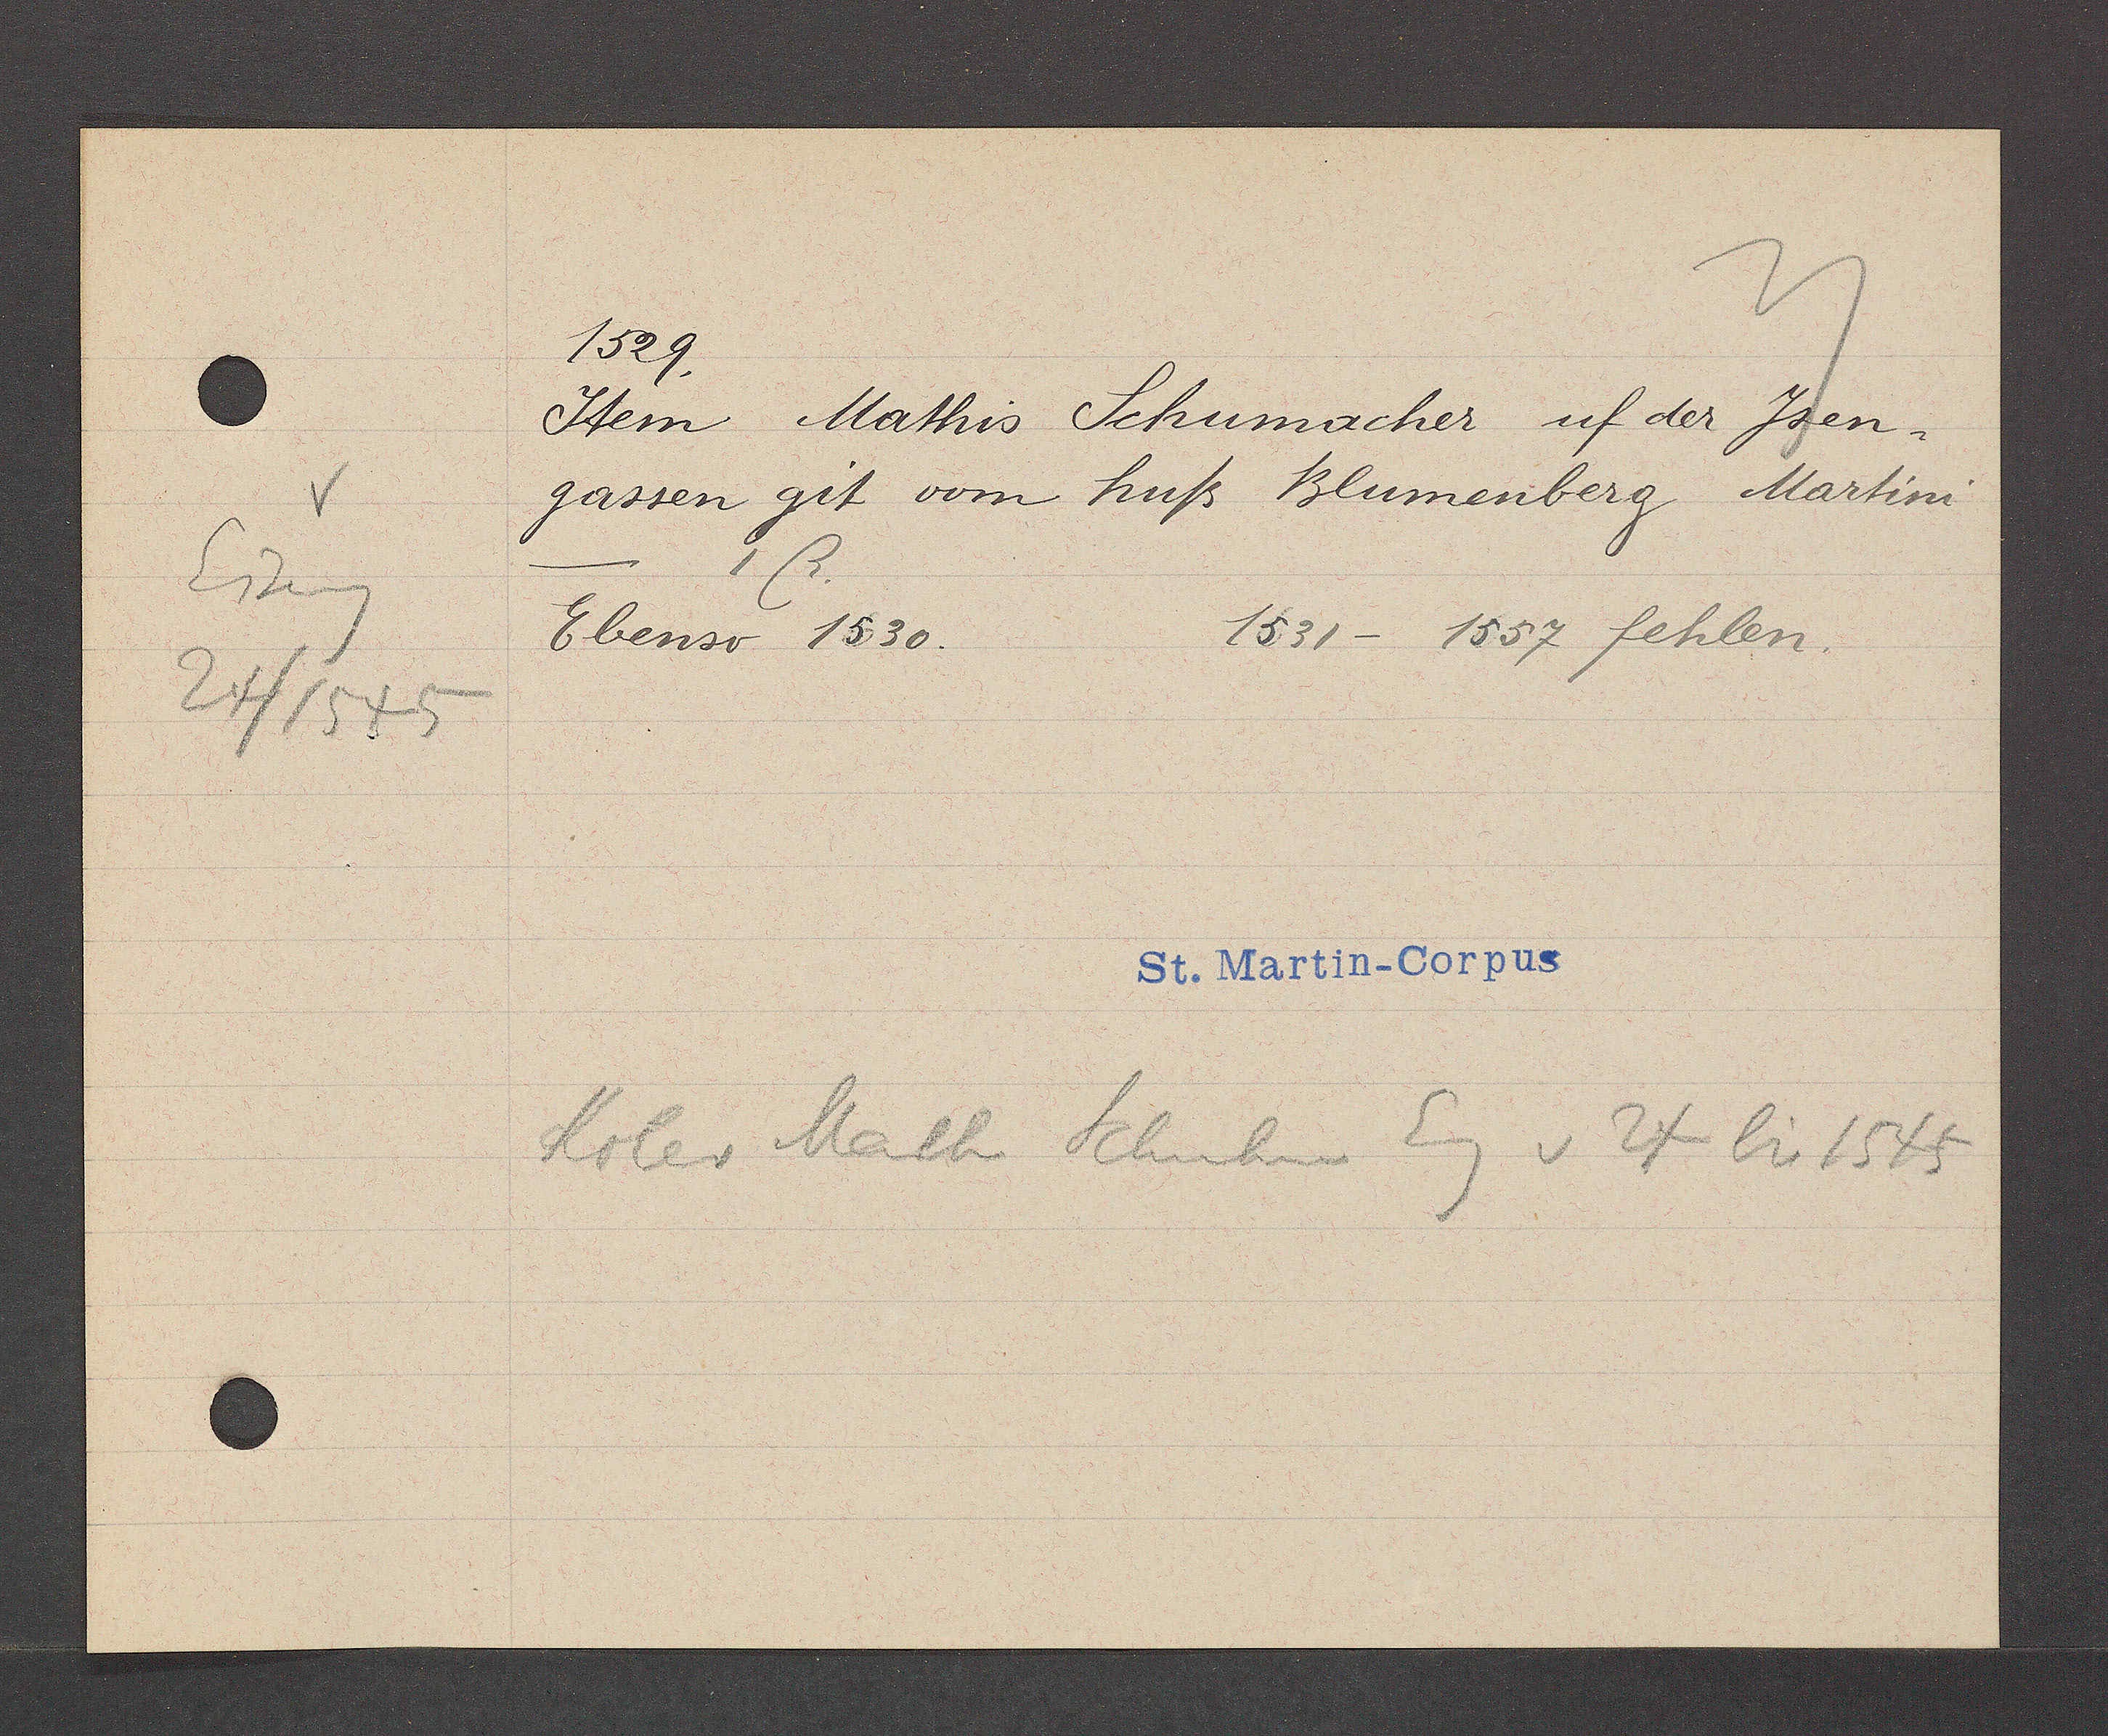
Transcript:
Eiseng
24/1545

1529.
Item Mathis Schumacher uf der Jsen¬
gassen git vom huß Blumenberg Martini
    1 ß.
Ebenso 1830.          1531 - 1557 fehlen.
Koler Math Schuhm Eg v 24 bis 1545